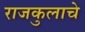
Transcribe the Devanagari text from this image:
राजकुलाचे